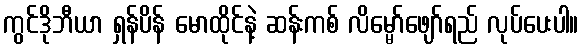
ကွင်ဒိုဘီယာ ရှန်ပိန် မောထိုင်နဲ့ ဆန်းကစ် လိမ္မော်ဖျော်ရည် လုပ်ပေးပါ။